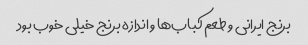
برنج ایرانی و طعم کباب‌ها و اندازه برنج خیلی خوب بود